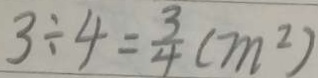
3 \div 4 = \frac { 3 } { 4 } ( m ^ { 2 } )